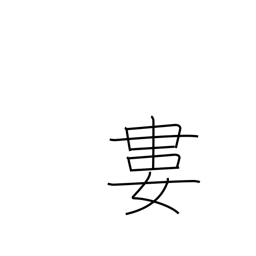
Meaning: tie